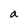
Character: a